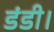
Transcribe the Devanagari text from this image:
डंडी।